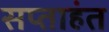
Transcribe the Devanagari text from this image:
सप्‍ताहंत